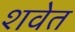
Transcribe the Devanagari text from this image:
शवेत